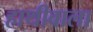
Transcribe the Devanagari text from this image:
हाथीवाला